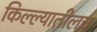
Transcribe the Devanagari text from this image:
किल्ल्यातीलच